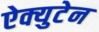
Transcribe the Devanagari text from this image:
ऐक्युटेन